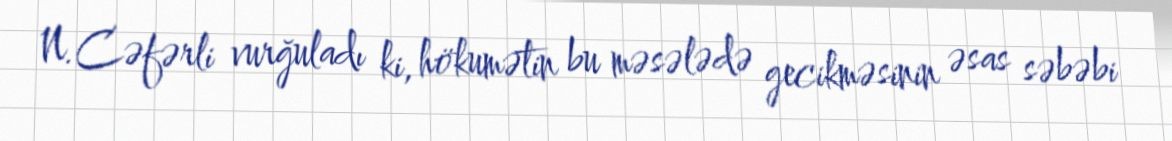
N.Cəfərli vurğuladı ki, hökumətin bu məsələdə gecikməsinin əsas səbəbi